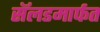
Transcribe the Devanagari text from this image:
सॅलडमार्फत